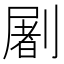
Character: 𰅂